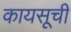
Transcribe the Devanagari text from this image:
कायसूची